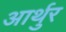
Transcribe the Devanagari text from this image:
आर्थुर